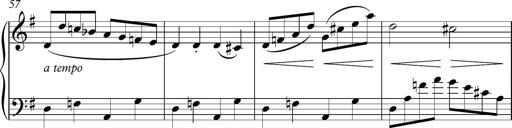
Title: Sonatina
Composer: Kemble Stout
Key: G major